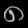
Digit: ၈